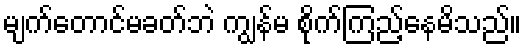
မျက်တောင်မခတ်ဘဲ ကျွန်မ စိုက်ကြည့်နေမိသည်။